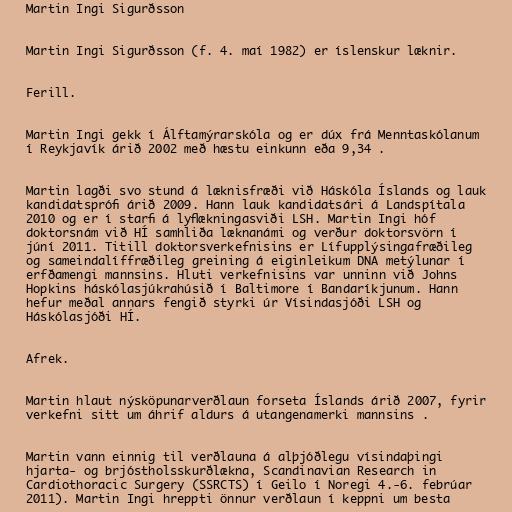
Martin Ingi Sigurðsson

Martin Ingi Sigurðsson (f. 4. maí 1982) er íslenskur læknir.

Ferill.

Martin Ingi gekk í Álftamýrarskóla og er dúx frá Menntaskólanum
í Reykjavík árið 2002 með hæstu einkunn eða 9,34 .

Martin lagði svo stund á læknisfræði við Háskóla Íslands og lauk
kandidatsprófi árið 2009. Hann lauk kandidatsári á Landspítala
2010 og er í starfi á lyflækningasviði LSH. Martin Ingi hóf
doktorsnám við HÍ samhliða læknanámi og verður doktorsvörn í
júní 2011. Titill doktorsverkefnisins er Lífupplýsingafræðileg
og sameindalíffræðileg greining á eiginleikum DNA metýlunar í
erfðamengi mannsins. Hluti verkefnisins var unninn við Johns
Hopkins háskólasjúkrahúsið í Baltimore í Bandaríkjunum. Hann
hefur meðal annars fengið styrki úr Vísindasjóði LSH og
Háskólasjóði HÍ.

Afrek.

Martin hlaut nýsköpunarverðlaun forseta Íslands árið 2007, fyrir
verkefni sitt um áhrif aldurs á utangenamerki mannsins .

Martin vann einnig til verðlauna á alþjóðlegu vísindaþingi
hjarta- og brjóstholsskurðlækna, Scandinavian Research in
Cardiothoracic Surgery (SSRCTS) í Geilo í Noregi 4.-6. febrúar
2011). Martin Ingi hreppti önnur verðlaun í keppni um besta